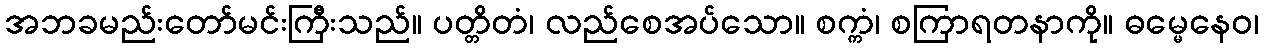
အဘခမည်းတော်မင်းကြီးသည်။ ပတ္တိတံ၊ လည်စေအပ်သော။ စက္ကံ၊ စကြာရတနာကို။ ဓမ္မေနေဝ၊